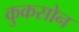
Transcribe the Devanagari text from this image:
कुकसोन